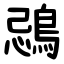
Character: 鵋